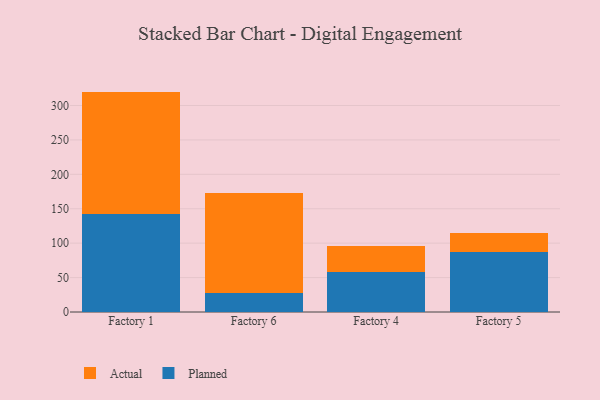
{"axis": {"x": "Factory", "y": "Tickets Resolved"}, "legend": ["Actual", "Planned"], "data": [{"x": "Factory 1", "y": 142.0, "type": "Planned"}, {"x": "Factory 1", "y": 178.2, "type": "Actual"}, {"x": "Factory 6", "y": 27.4, "type": "Planned"}, {"x": "Factory 6", "y": 146.0, "type": "Actual"}, {"x": "Factory 4", "y": 58.7, "type": "Planned"}, {"x": "Factory 4", "y": 36.5, "type": "Actual"}, {"x": "Factory 5", "y": 87.9, "type": "Planned"}, {"x": "Factory 5", "y": 26.9, "type": "Actual"}]}